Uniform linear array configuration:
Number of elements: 64
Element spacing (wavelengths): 1
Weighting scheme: blackman
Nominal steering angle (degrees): -30
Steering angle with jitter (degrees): -29.364
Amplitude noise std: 0.05
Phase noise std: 0.05

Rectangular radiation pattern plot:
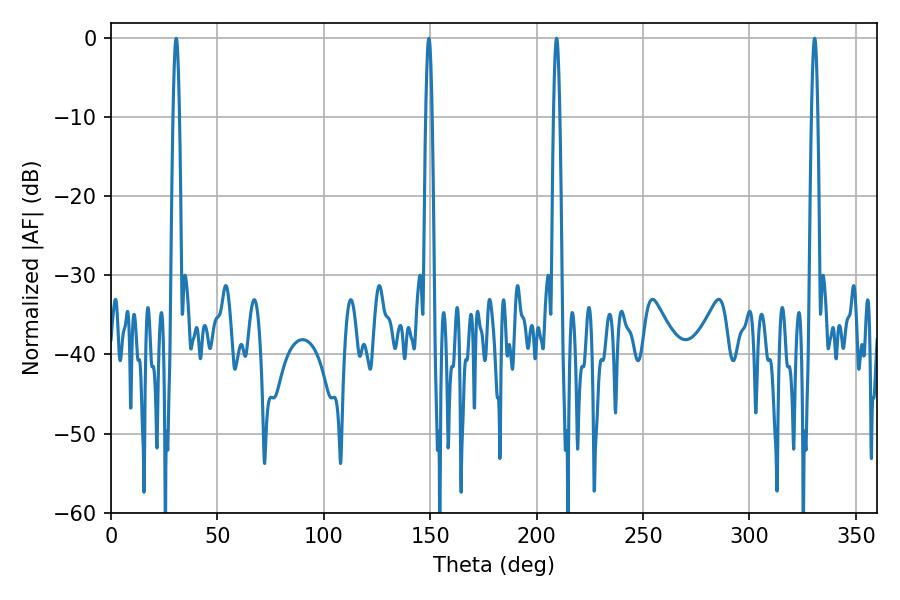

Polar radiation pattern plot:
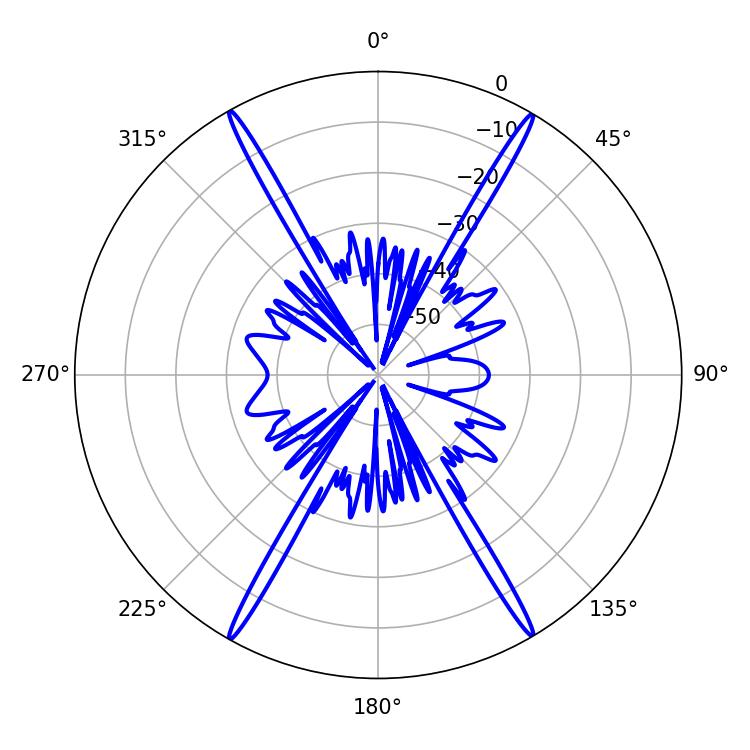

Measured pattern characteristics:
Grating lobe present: TRUE
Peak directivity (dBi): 31.118
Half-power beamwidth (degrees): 1.44
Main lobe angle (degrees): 209.34